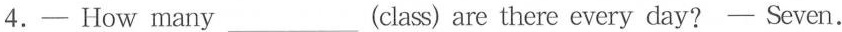
4.— How many___ (class) are there every day?—— Seven.